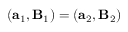
( \mathbf { a } _ { 1 } , \mathbf { B } _ { 1 } ) = ( \mathbf { a } _ { 2 } , \mathbf { B } _ { 2 } )